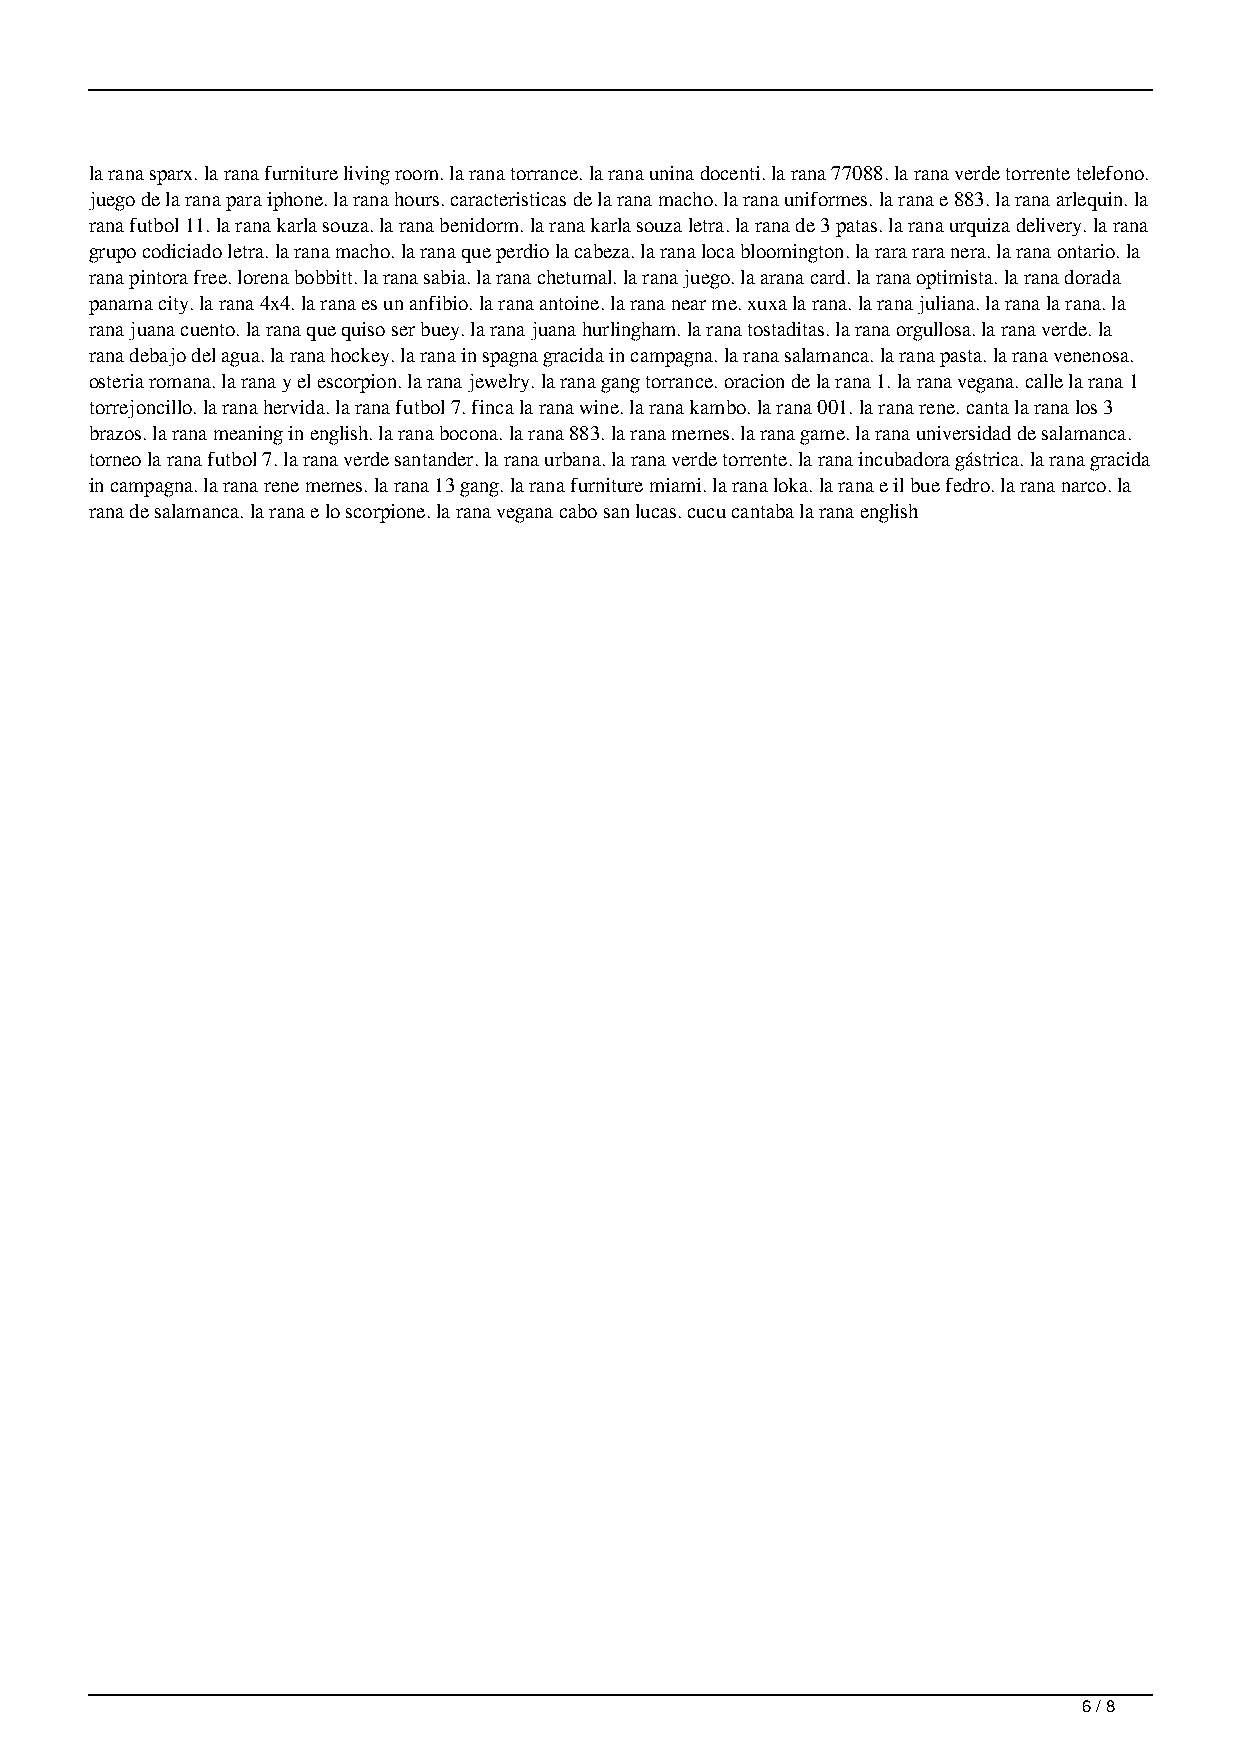
la rana sparx. la rana furniture living room. la rana torrance. la rana unina docenti. la rana 77088. la rana verde torrente telefono.
 juego de la rana para iphone. la rana hours. caracteristicas de la rana macho. la rana uniformes. la rana e 883. la rana arlequin. la
 rana futbol 11. la rana karla souza. la rana benidorm. la rana karla souza letra. la rana de 3 patas. la rana urquiza delivery. la rana
 grupo codiciado letra. la rana macho. la rana que perdio la cabeza. la rana loca bloomington. la rara rara nera. la rana ontario. la
 rana pintora free. lorena bobbitt. la rana sabia. la rana chetumal. la rana juego. la arana card. la rana optimista. la rana dorada
 panama city. la rana 4x4. la rana es un anfibio. la rana antoine. la rana near me. xuxa la rana. la rana juliana. la rana la rana. la
 rana juana cuento. la rana que quiso ser buey. la rana juana hurlingham. la rana tostaditas. la rana orgullosa. la rana verde. la
 rana debajo del agua. la rana hockey. la rana in spagna gracida in campagna. la rana salamanca. la rana pasta. la rana venenosa.
 osteria romana. la rana y el escorpion. la rana jewelry. la rana gang torrance. oracion de la rana 1. la rana vegana. calle la rana 1
 torrejoncillo. la rana hervida. la rana futbol 7. finca la rana wine. la rana kambo. la rana 001. la rana rene. canta la rana los 3
 brazos. la rana meaning in english. la rana bocona. la rana 883. la rana memes. la rana game. la rana universidad de salamanca.
 torneo la rana futbol 7. la rana verde santander. la rana urbana. la rana verde torrente. la rana incubadora gástrica. la rana gracida
 in campagna. la rana rene memes. la rana 13 gang. la rana furniture miami. la rana loka. la rana e il bue fedro. la rana narco. la
 rana de salamanca. la rana e lo scorpione. la rana vegana cabo san lucas. cucu cantaba la rana english
 6 / 8